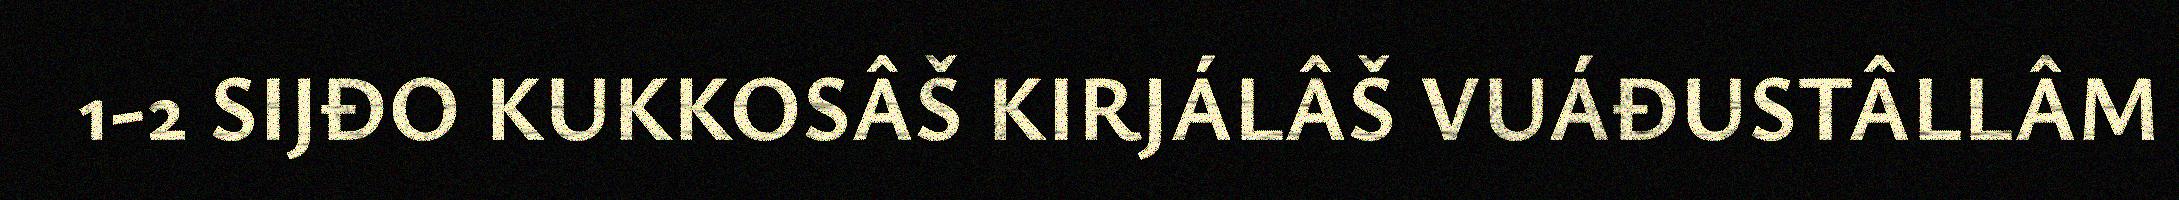
1-2 SIJĐO KUKKOSÂŠ KIRJÁLÂŠ VUÁĐUSTÂLLÂM